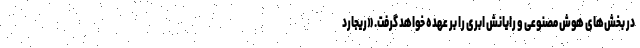
در بخش‌های هوش مصنوعی و رایانش ابری را بر عهده خواهد گرفت. «ریجارد